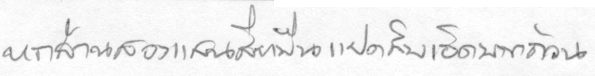
หกล้านสองแสนสี่หมื่นแปดสิบเอ็ดบาทถ้วน